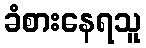
ခံစားနေရသူ